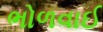
ભોળવાઈ